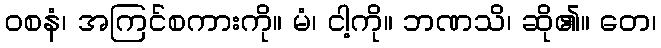
ဝစနံ၊ အကြင်စကားကို။ မံ၊ ငါ့ကို။ ဘဏသိ၊ ဆို၏။ တေ၊